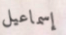
إسماعيل